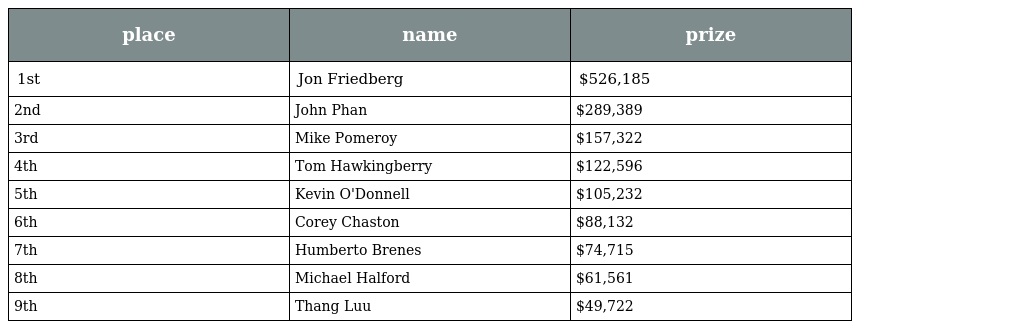
| place | name | prize |
 | --- | --- | --- |
 | 1st | Jon Friedberg | $526,185 |
 | 2nd | John Phan | $289,389 |
 | 3rd | Mike Pomeroy | $157,322 |
 | 4th | Tom Hawkingberry | $122,596 |
 | 5th | Kevin O'Donnell | $105,232 |
 | 6th | Corey Chaston | $88,132 |
 | 7th | Humberto Brenes | $74,715 |
 | 8th | Michael Halford | $61,561 |
 | 9th | Thang Luu | $49,722 |